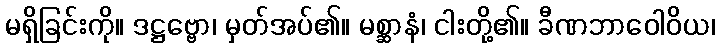
မရှိခြင်းကို။ ဒဋ္ဌဗ္ဗော၊ မှတ်အပ်၏။ မစ္ဆာနံ၊ ငါးတို့၏။ ခီဏဘာဝေါဝိယ၊